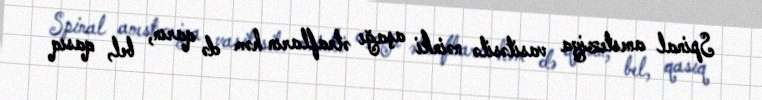
Spinal anesteziya vasitəsilə nəinki aşağı ətrafların həm də qarın, bel, qasıq